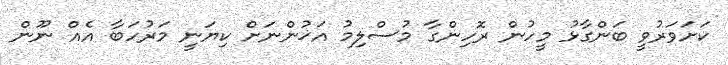
ކަށަވަރުވީ ބަންގާޅު މީހުން ރޮހިންގާ މުސްލިމު އަޚުންނަށް ކިޔަނީ މަރުހަބާ އެއް ނޫން